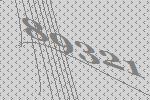
89321